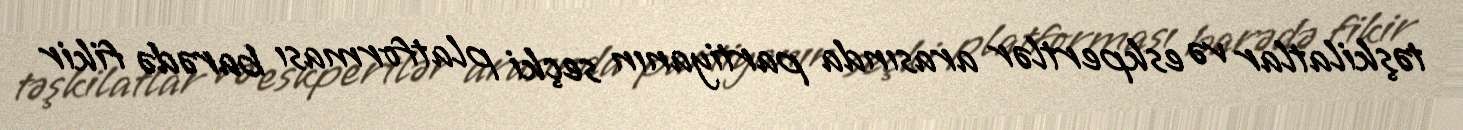
təşkilatlar və eskpertlər arasında partiyanın seçki platforması barədə fikir